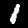
Digit: 1